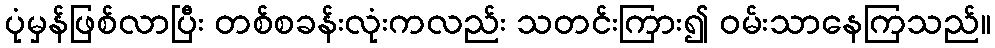
ပုံမှန်ဖြစ်လာပြီး တစ်စခန်းလုံးကလည်း သတင်းကြား၍ ဝမ်းသာနေကြသည်။